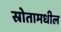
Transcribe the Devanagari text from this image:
स्रोतामधील